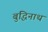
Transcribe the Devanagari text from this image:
बुद्धिनाथ